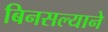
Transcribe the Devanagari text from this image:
बिनसल्याने